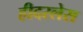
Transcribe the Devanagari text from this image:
हीदरलेस